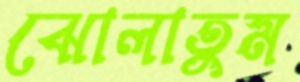
ঝোলাতুম